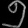
Digit: ၅